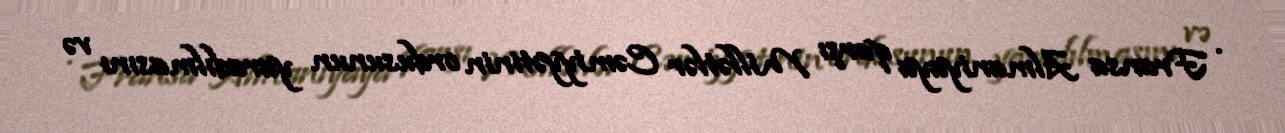
· Fransa Almaniyaya qarşı Millətlər Cəmiyyətinin ordusunun yaradılmasını və